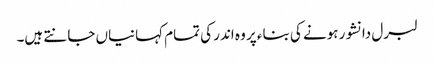
لبرل دانشور ہونے کی بناء پر وہ اندر کی تمام کہانیاں جانتے ہیں۔